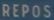
REPOS